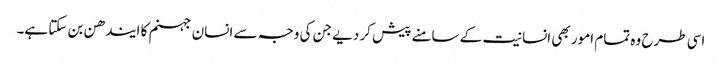
اسی طرح وہ تمام امور بھی انسانیت کے سامنے پیش کر دیے جن کی وجہ سے انسان جہنم کا ایندھن بن سکتا ہے۔